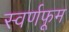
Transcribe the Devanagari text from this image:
स्वर्णफूम